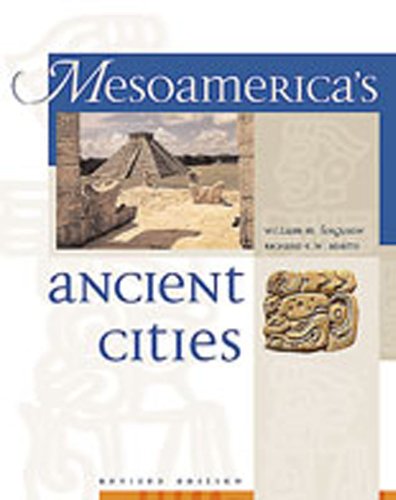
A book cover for Mesoamerica's Ancient Cities; William M. Ferguson; Travel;